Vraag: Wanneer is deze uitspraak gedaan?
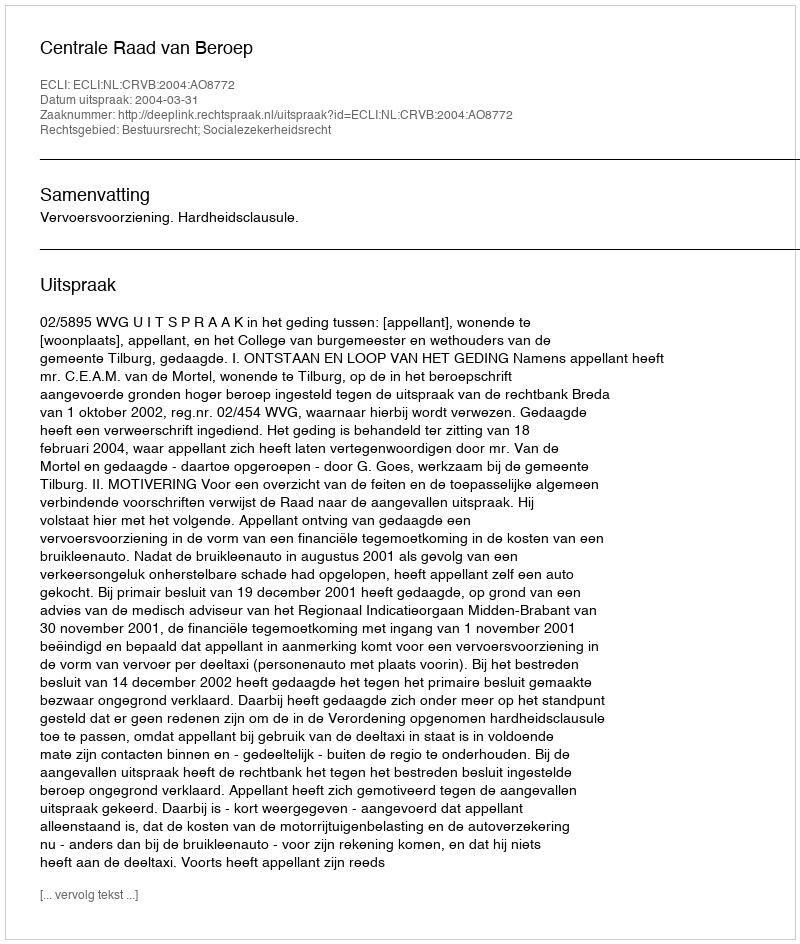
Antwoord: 2004-03-31